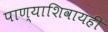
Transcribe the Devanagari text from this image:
पाण्याशिवायही